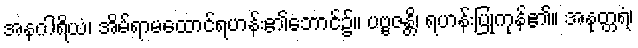
အနဂါရိယံ၊ အိမ်ရာမထောင်ရဟန်း၏ဘောင်၌။ ပဗ္ဗဇန္တိ၊ ရဟန်းပြုကုန်၏။ အနုတ္တရံ၊